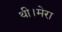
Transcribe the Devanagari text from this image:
थी।मेरा